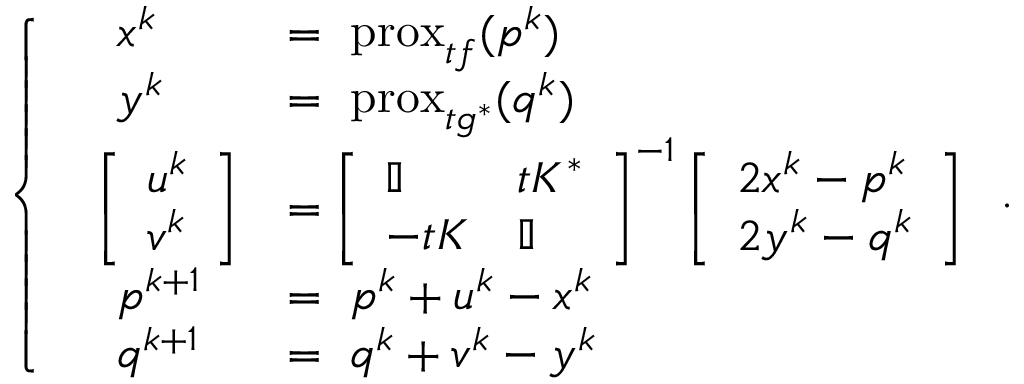
\left\{ \begin{array} { l l } { \quad x ^ { k } } & { = \, \, \mathrm { p r o x } _ { t f } ( p ^ { k } ) } \\ { \quad y ^ { k } } & { = \, \, \mathrm { p r o x } _ { t g ^ { * } } ( q ^ { k } ) } \\ { \; \; \left[ \begin{array} { l } { u ^ { k } } \\ { v ^ { k } } \end{array} \right] } & { = \left[ \begin{array} { l l } { \mathbb I } & { t K ^ { * } } \\ { - t K } & { \mathbb I } \end{array} \right] ^ { - 1 } \left[ \begin{array} { l } { 2 x ^ { k } - p ^ { k } } \\ { 2 y ^ { k } - q ^ { k } } \end{array} \right] } \\ { \quad p ^ { k + 1 } } & { = \, \, p ^ { k } + u ^ { k } - x ^ { k } } \\ { \quad q ^ { k + 1 } } & { = \, \, q ^ { k } + v ^ { k } - y ^ { k } } \end{array} \right. .